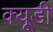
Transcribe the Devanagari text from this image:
क्यूडी